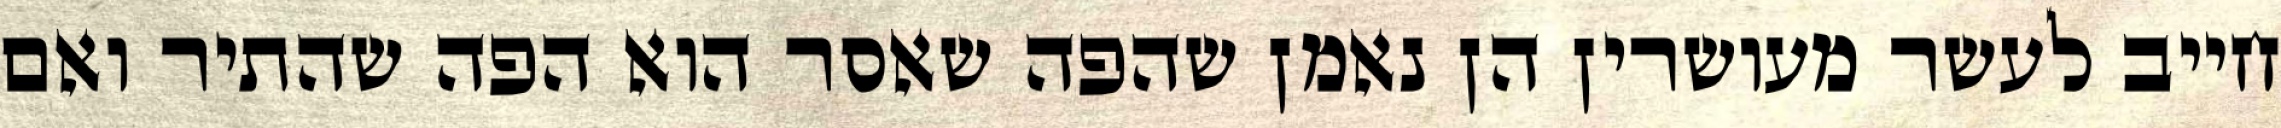
חייב לעשר מעושרין הן נאמן שהפה שאסר הוא הפה שהתיר ואם